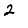
Digit: 2